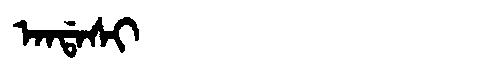
Manchu: ᠠᠨᡩᠠᠰᡳ
Romanization: ANDASI